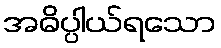
အဓိပ္ပါယ်ရသော